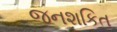
જનશકિત